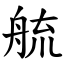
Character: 艈